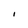
Character: I